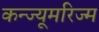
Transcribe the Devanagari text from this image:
कन्ज्यूमरिज्म